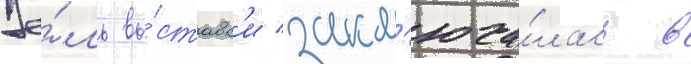
Це́ль вы́ставк'и закл'юча́лась в